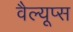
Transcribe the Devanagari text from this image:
वैल्यूप्स